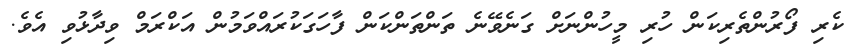
ކެރި ފޯރުންތެރިކަން ހުރި މީހުންނަށް ގަނެވޭނެ ތަންތަންކަން ފާހަގަކުރައްވަމުން އަކްރަމް ވިދާޅުވި އެވެ.